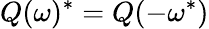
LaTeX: Q(\omega)^{*}=Q(-\omega^{*})